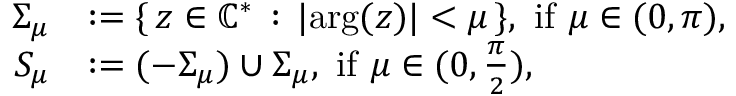
\begin{array} { r l } { \Sigma _ { \mu } } & { : = \{ \, z \in \mathbb { C } ^ { \ast } \, : \, \lvert \mathrm { a r g } ( z ) \rvert < \mu \, \} \mathrm { , ~ i f ~ } \mu \in ( 0 , \pi ) \mathrm { , ~ } } \\ { S _ { \mu } } & { : = ( - \Sigma _ { \mu } ) \cup \Sigma _ { \mu } \mathrm { , ~ i f ~ } \mu \in ( 0 , \frac { \pi } { 2 } ) \mathrm { , ~ } } \end{array}